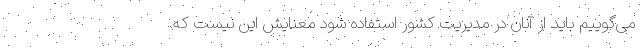
می‌گوییم باید از آنان در مدیریت کشور استفاده شود معنایش این نیست که